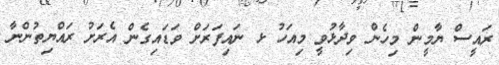
ރައީސް ޔާމީން މިހެން ވިދާޅުވީ މިއަހު ޅ ނައިފަރަށް ވަޑައިގެން އެރަށު ރައްޔިތުންނާ